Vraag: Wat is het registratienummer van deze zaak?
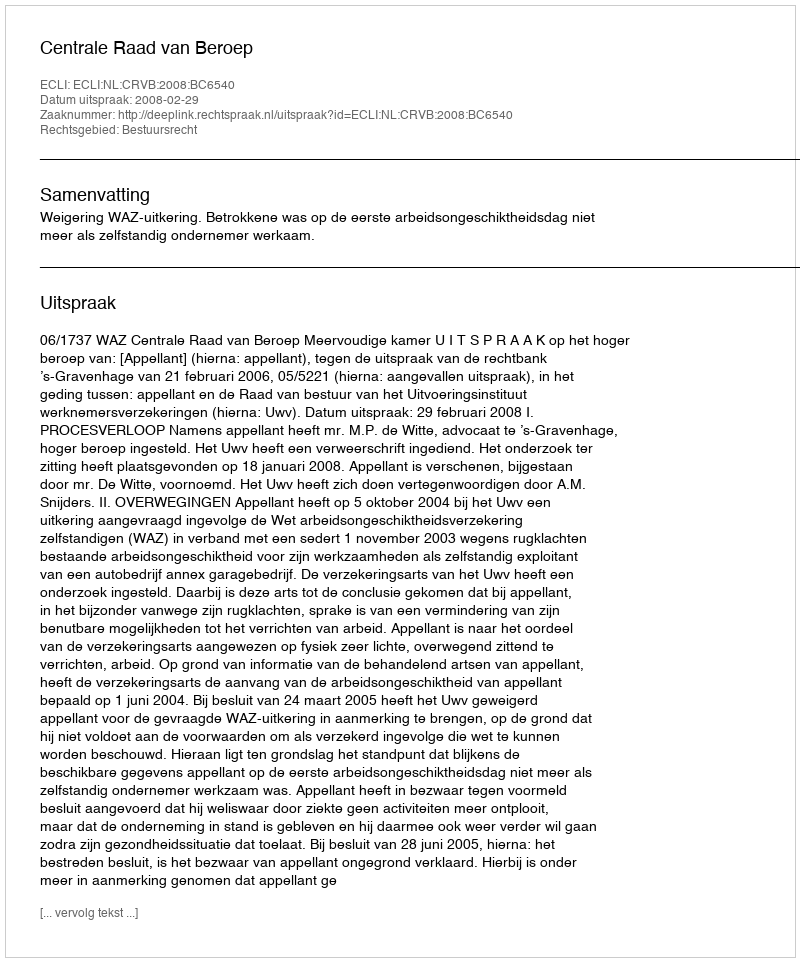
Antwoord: http://deeplink.rechtspraak.nl/uitspraak?id=ECLI:NL:CRVB:2008:BC6540